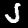
Label: 5